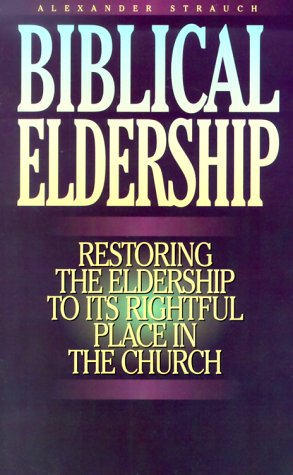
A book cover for Biblical Eldership: Restoring the Eldership to Its Rightful Place in Church; Alexander Strauch; Christian Books & Bibles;